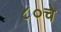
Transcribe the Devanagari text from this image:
८०चे